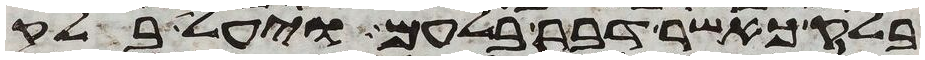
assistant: בלק כאשר דבר בלעם ויעל בלק